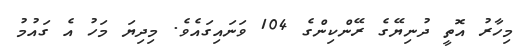
މިހާރު އޮތީ ދުނިޔޭގެ ރޭންކިންގެ 104 ވަނައިގައެވެ. މިދިޔަ މަހު އެ ގައުމު